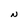
Character: S